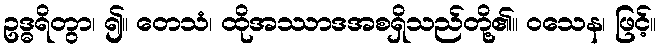
ဥဒ္ဓရိတွာ၊ ၍။ တေသံ၊ ထိုအဿာဒအစရှိသည်တို့၏။ ဝသေန၊ ဖြင့်။